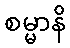
စမ္မာနိ